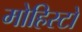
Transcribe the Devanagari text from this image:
मोहिस्टों